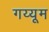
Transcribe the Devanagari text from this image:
गय्यूम